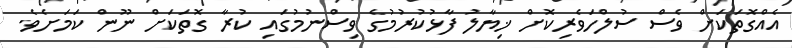
އެއްގޮތަކަށް ވެސް ސުލްހަވެރިކޮށް ޚިޔާލު ފާޅުކުރުމުގެ ވިސްނުމުގައި ކުރާ ގޮތަކަށް ނޫން ކަމަށެވެ.